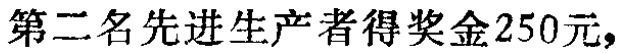
第二名先进生产者得奖金250元，